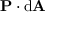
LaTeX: \mathbf { P } \cdot \mathrm { d } \mathbf { A }